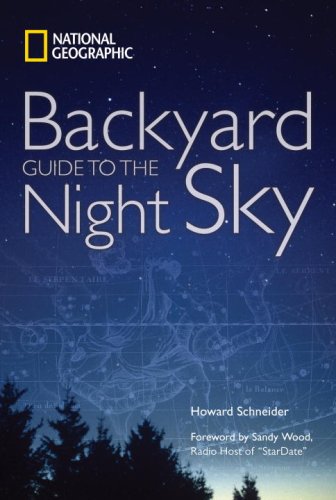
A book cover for National Geographic Backyard Guide to the Night Sky; Howard Schneider; Science & Math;